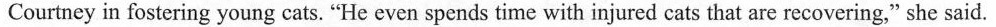
Courtney in fostering young cats."He even spends time with injured cats that are recovering," she said.